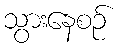
သွားနေစဉ်